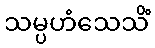
သမ္ပဟံသေသိံ